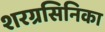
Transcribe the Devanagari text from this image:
शरग्रसिनिका